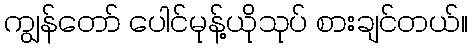
ကျွန်တော် ပေါင်မုန့်ယိုသုပ် စားချင်တယ်။